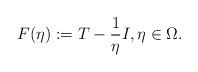
LaTeX: \begin{align*}F(\eta):=T-\frac{1}{\eta}I, \eta \in \Omega.\end{align*}